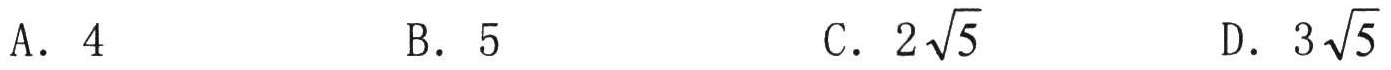
A. \(4\) \quad B. \(5\) \quad C. \(2\sqrt{5}\) \quad D. \(3\sqrt{5}\)